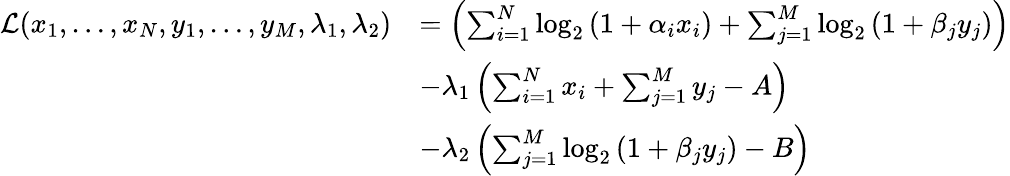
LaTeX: \begin{array}{rl}{\mathcal{L}(x_{1},\ldots,x_{N},y_{1},\ldots,y_{M},\lambda_{1},\lambda_{2})}&{=\left(\sum_{i=1}^{N}\log_{2}\left(1+\alpha_{i}x_{i}\right)+\sum_{j=1}^{M}\log_{2}\left(1+\beta_{j}y_{j}\right)\right)}\\ &{-\lambda_{1}\left(\sum_{i=1}^{N}x_{i}+\sum_{j=1}^{M}y_{j}-A\right)}\\ &{-\lambda_{2}\left(\sum_{j=1}^{M}\log_{2}\left(1+\beta_{j}y_{j}\right)-B\right)}\end{array}